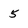
Character: 5